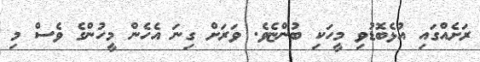
ރަށެއްގައި އުޅެބޮޑުވި މީހަކި ބުންޏެވެ. ވަރަށް ގިނަަ އެހެން މީހުންގެ ވެސް މި